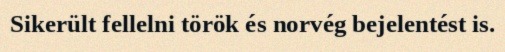
Sikerült fellelni török és norvég bejelentést is.